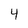
Character: 4